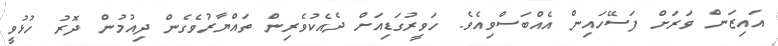
އައިޒަން ވަރަށް ފަސޭހައިން އެއްބަސްވިއެވެ. ހަވީރުގަޑިއަށް ދެއެކުވެރިން ތައްޔާރުވެގެން ދިއުމުން ދޮރު ހުޅުވީ